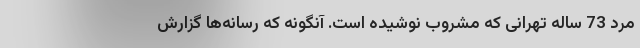
مرد 73 ساله‌ تهرانی که مشروب نوشیده است. آنگونه که رسانه‌ها گزارش